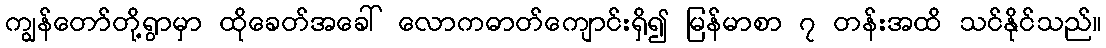
ကျွန်တော်တို့ရွာမှာ ထိုခေတ်အခေါ် လောကဓာတ်ကျောင်းရှိ၍ မြန်မာစာ ၇ တန်းအထိ သင်နိုင်သည်။